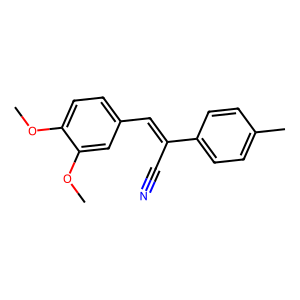
SMILES: COc1ccc(C=C(C#N)c2ccc(C)cc2)cc1OC
Inhibits HIV replication: No